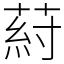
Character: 葤